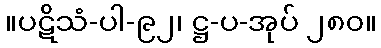
။ပဋိသံ-ပါ-၉၂၊ ဋ္ဌ-ပ-အုပ် ၂၈၀။